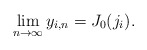
\begin{align*} \lim_{n\to\infty} y_{i,n} = J_0(j_i).\end{align*}